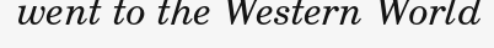
went to the Western World